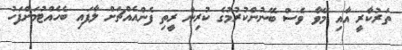
ތަރުކާރީ އާއި މޭވާ ވެސް ބޭނުންކުރުމުގެ ކުރިން ރީތި ފެންއެއްޗަށް ލާފައި ބެހެއްޓުމަށްފަހު